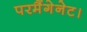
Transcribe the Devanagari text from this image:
परमैंगेनेट।